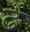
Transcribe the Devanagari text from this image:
ढं